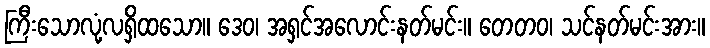
ကြီးသောလုံ့လရှိထသော။ ဒေဝ၊ အရှင်အလောင်းနတ်မင်း။ တေတဝ၊ သင်နတ်မင်းအား။